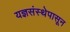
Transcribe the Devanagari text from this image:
यज्ञसंस्थेपासून